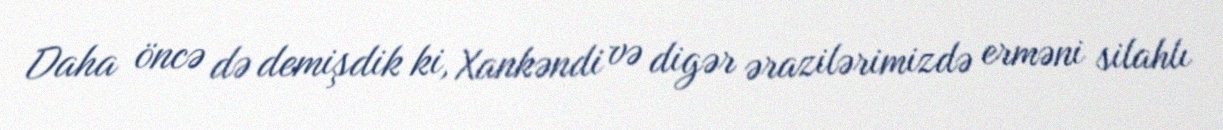
Daha öncə də demişdik ki, Xankəndi və digər ərazilərimizdə erməni silahlı